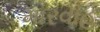
મારવાહ